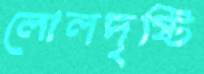
লোলদৃষ্টি